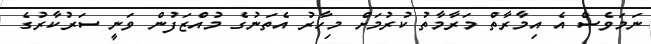
ނަމަވެސް އެ އިމާރާތް މަރާމާތު ކުރުމަށް މިހާރު އެތަނުގެ މުއްޒަފުން ވަނީ ސަރުކާރުގެ